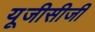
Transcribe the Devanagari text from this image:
यूजीसीजी